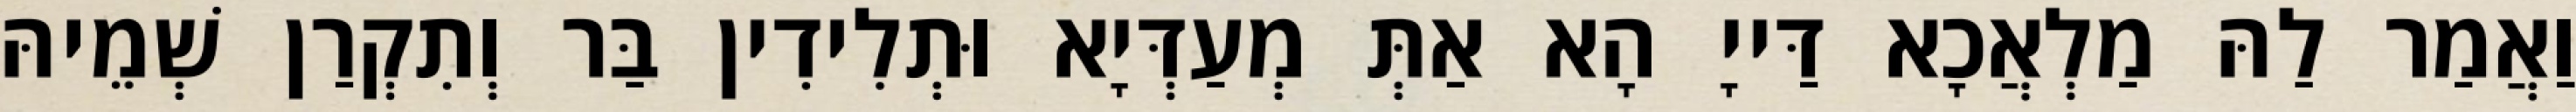
וַאֲמַר לַהּ מַלְאֲכָא דַּייָ הָא אַתְּ מְעַדְּיָא וּתְלִידִין בַּר וְתִקְרַן שְׁמֵיהּ